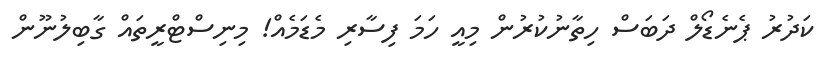
ކަދުރު ޕެނެޑޯލް ދަބަސް ހިތާނުކުރުން މިއީ ހަމަ ފިސާރި މެޑަމެއް! މިނިސްޓްރީތައް ގާބިލުނޫން